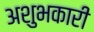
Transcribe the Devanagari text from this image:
अशुभकारी